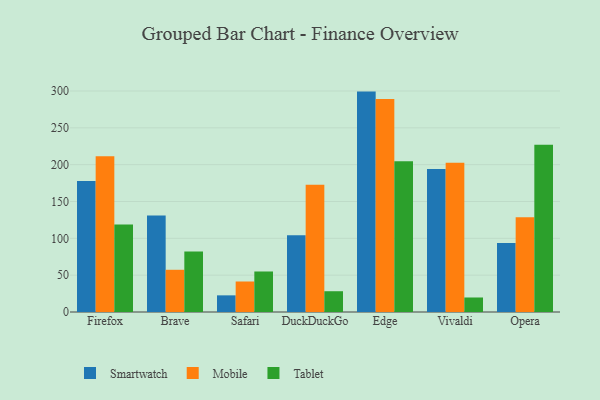
{"axis": {"x": "Browser", "y": "Page Views"}, "legend": ["Mobile", "Smartwatch", "Tablet"], "data": [{"x": "Firefox", "y": 178.0, "type": "Smartwatch"}, {"x": "Firefox", "y": 211.3, "type": "Mobile"}, {"x": "Firefox", "y": 118.9, "type": "Tablet"}, {"x": "Brave", "y": 130.9, "type": "Smartwatch"}, {"x": "Brave", "y": 57.3, "type": "Mobile"}, {"x": "Brave", "y": 82.3, "type": "Tablet"}, {"x": "Safari", "y": 22.6, "type": "Smartwatch"}, {"x": "Safari", "y": 41.4, "type": "Mobile"}, {"x": "Safari", "y": 55.0, "type": "Tablet"}, {"x": "DuckDuckGo", "y": 104.2, "type": "Smartwatch"}, {"x": "DuckDuckGo", "y": 172.8, "type": "Mobile"}, {"x": "DuckDuckGo", "y": 28.2, "type": "Tablet"}, {"x": "Edge", "y": 299.2, "type": "Smartwatch"}, {"x": "Edge", "y": 289.1, "type": "Mobile"}, {"x": "Edge", "y": 204.8, "type": "Tablet"}, {"x": "Vivaldi", "y": 194.1, "type": "Smartwatch"}, {"x": "Vivaldi", "y": 202.6, "type": "Mobile"}, {"x": "Vivaldi", "y": 19.7, "type": "Tablet"}, {"x": "Opera", "y": 93.8, "type": "Smartwatch"}, {"x": "Opera", "y": 128.6, "type": "Mobile"}, {"x": "Opera", "y": 226.9, "type": "Tablet"}]}